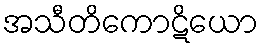
အသီတိကောဋိယော